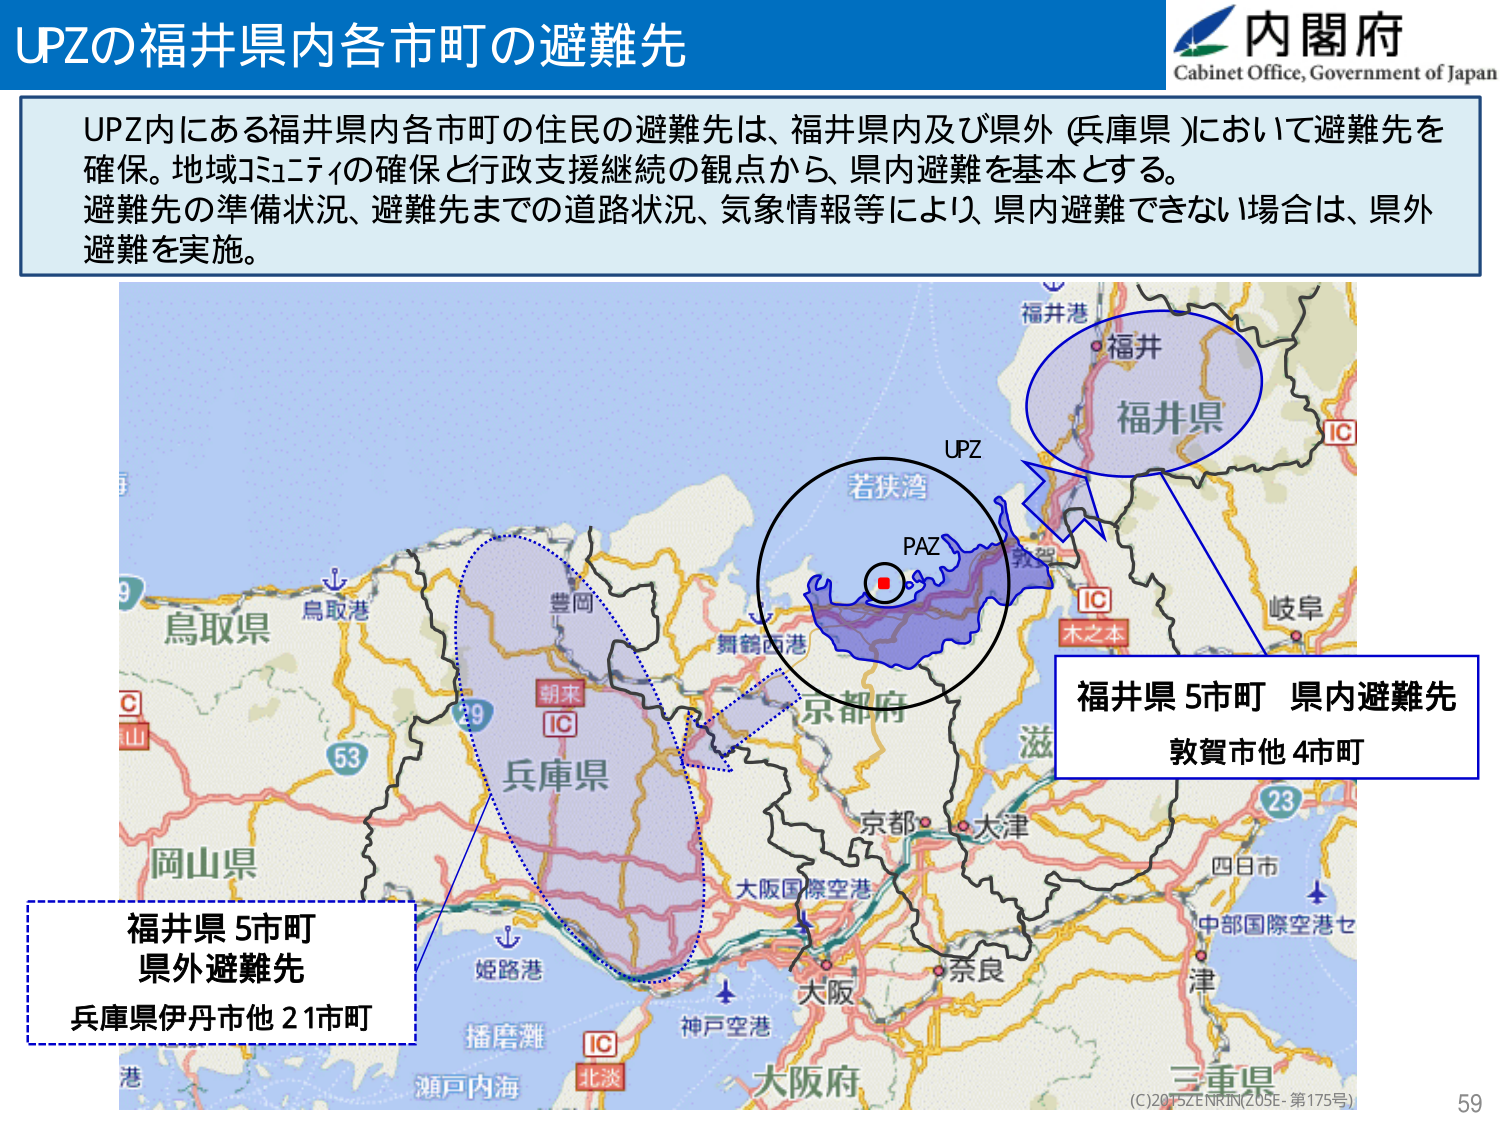
UPZの福井県内各市町の避難先
内閣府
Cabinet Office, Government of Japan

UPZ内にある福井県内各市町の住民の避難先は、福井県内及び県外（兵庫県）において避難先を確保。地域コミュニティの確保と行政支援継続の観点から、県内避難を基本とする。
避難先の準備状況、避難先までの道路状況、気象情報等により、県内避難できない場合は、県外避難を実施。

福井県
UPZ
若狭湾
PAZ
福井港
福井
IC
敦賀
木之本
岐阜
京都府
滋
京都
大津
大阪国際空港
奈良
大阪
神戸空港
北淡
IC
姫路港
播磨灘
瀬戸内海
鳥取県
鳥取港
豊岡
朝来
IC
兵庫県
岡山県
四日市
中部国際空港セ
津
三重県
大阪府

福井県 5市町 県内避難先
敦賀市他 4市町

福井県 5市町
県外避難先
兵庫県伊丹市他 21市町

(C)2015 ZENRIN (Z05E-第175号)
59